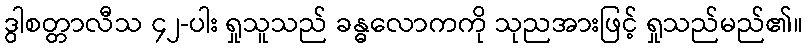
ဒွါစတ္တာလီသ ၄၂-ပါး ရှုသူသည် ခန္ဓလောကကို သုညအားဖြင့် ရှုသည်မည်၏။